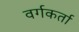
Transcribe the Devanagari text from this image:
वर्गकर्ता